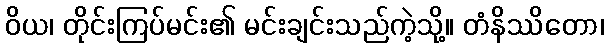
ဝိယ၊ တိုင်းကြပ်မင်း၏ မင်းချင်းသည်ကဲ့သို့။ တံနိဿိတော၊